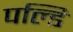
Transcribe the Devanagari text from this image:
पल्डि